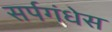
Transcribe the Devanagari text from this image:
सर्पगंधेस